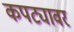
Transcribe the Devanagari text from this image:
कपट्यावर